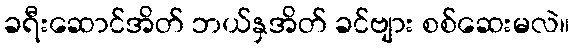
ခရီးဆောင်အိတ် ဘယ်နှအိတ် ခင်ဗျား စစ်ဆေးမလဲ။